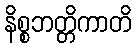
နိစ္စဘတ္တိကာတိ